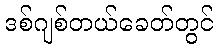
ဒစ်ဂျစ်တယ်ခေတ်တွင်